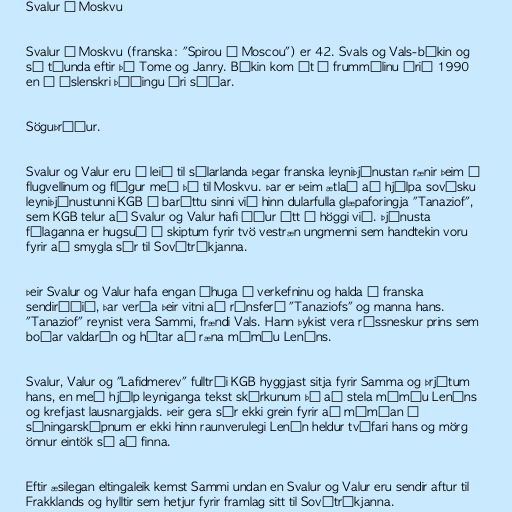
Svalur í Moskvu

Svalur í Moskvu (franska: "Spirou à Moscou") er 42. Svals og Vals-bókin og
sú tíunda eftir þá Tome og Janry. Bókin kom út á frummálinu árið 1990
en í íslenskri þýðingu ári síðar.

Söguþráður.

Svalur og Valur eru á leið til sólarlanda þegar franska leyniþjónustan rænir þeim á
flugvellinum og flýgur með þá til Moskvu. Þar er þeim ætlað að hjálpa sovésku
leyniþjónustunni KGB í baráttu sinni við hinn dularfulla glæpaforingja "Tanaziof",
sem KGB telur að Svalur og Valur hafi áður átt í höggi við. Þjónusta
félaganna er hugsuð í skiptum fyrir tvö vestræn ungmenni sem handtekin voru
fyrir að smygla sér til Sovétríkjanna.

Þeir Svalur og Valur hafa engan áhuga á verkefninu og halda í franska
sendiráðið, þar verða þeir vitni að ránsferð "Tanaziofs" og manna hans.
"Tanaziof" reynist vera Sammi, frændi Vals. Hann þykist vera rússneskur prins sem
boðar valdarán og hótar að ræna múmíu Leníns.

Svalur, Valur og "Lafidmerev" fulltrúi KGB hyggjast sitja fyrir Samma og þrjótum
hans, en með hjálp leyniganga tekst skúrkunum þó að stela múmíu Leníns
og krefjast lausnargjalds. Þeir gera sér ekki grein fyrir að múmían í
sýningarskápnum er ekki hinn raunverulegi Lenín heldur tvífari hans og mörg
önnur eintök sé að finna.

Eftir æsilegan eltingaleik kemst Sammi undan en Svalur og Valur eru sendir aftur til
Frakklands og hylltir sem hetjur fyrir framlag sitt til Sovétríkjanna.